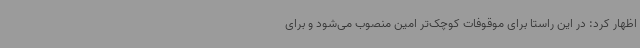
اظهار کرد: در این راستا برای موقوفات کوچک‌تر امین منصوب می‌شود و برای